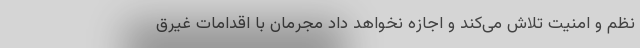
نظم و امنیت تلاش می‌کند و اجازه نخواهد داد مجرمان با اقدامات غیرق